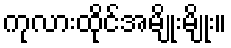
ကုလားထိုင်အမျိုးမျိုး။